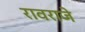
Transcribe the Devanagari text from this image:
रावराजे